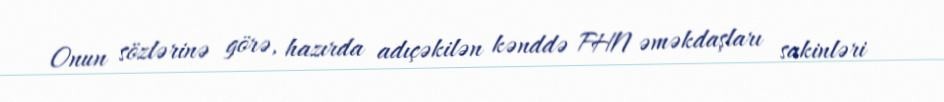
Onun sözlərinə görə, hazırda adıçəkilən kənddə FHN əməkdaşları sakinləri